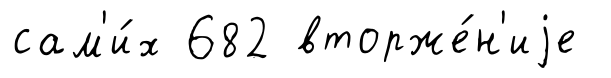
сам'и́х 682 вторже́н'иjе